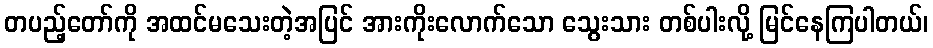
တပည့်တော်ကို အထင်မသေးတဲ့အပြင် အားကိုးလောက်သော သွေးသား တစ်ပါးလို့ မြင်နေကြပါတယ်၊